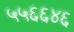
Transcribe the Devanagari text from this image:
५५६६४६